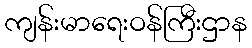
ကျန်းမာရေးဝန်ကြီးဌာန